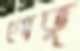
গোভু